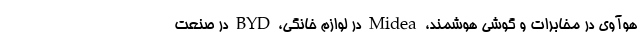
هوآوی در مخابرات و گوشی هوشمند، Midea در لوازم خانگی، BYD در صنعت